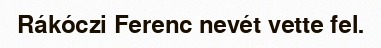
Rákóczi Ferenc nevét vette fel.